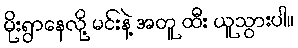
မိုးရွာနေလို့ မင်းနဲ့ အတူ ထီး ယူသွားပါ။